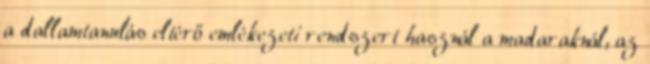
a dallamtanulás eltérő emlékezeti rendszert használ a madaraknál, az